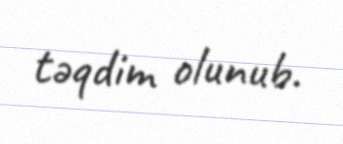
təqdim olunub.